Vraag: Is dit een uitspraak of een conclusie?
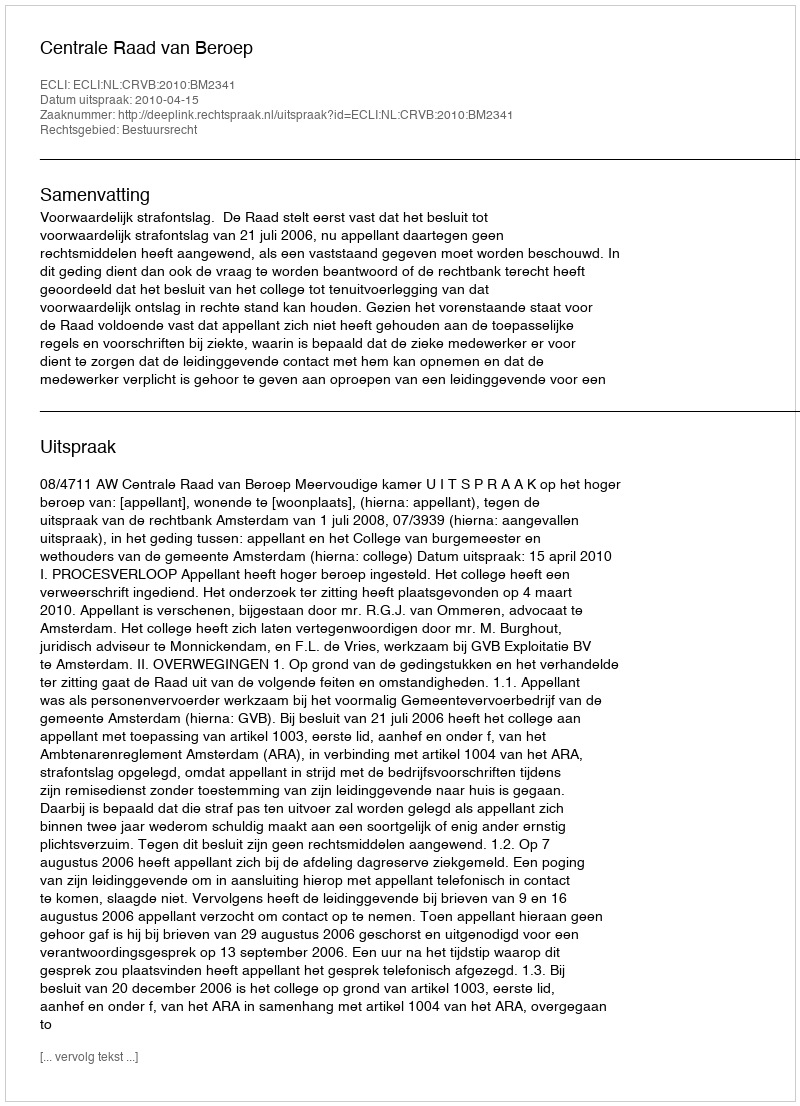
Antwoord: Uitspraak